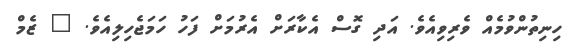
ހިނިތުންވުމެއް ވެރިވިއެވެ. އަދި ގޮސް އެކާރަށް އެރުމަށް ފަހު ހަމަޖެހިލިއެވެ. " ޒެމް